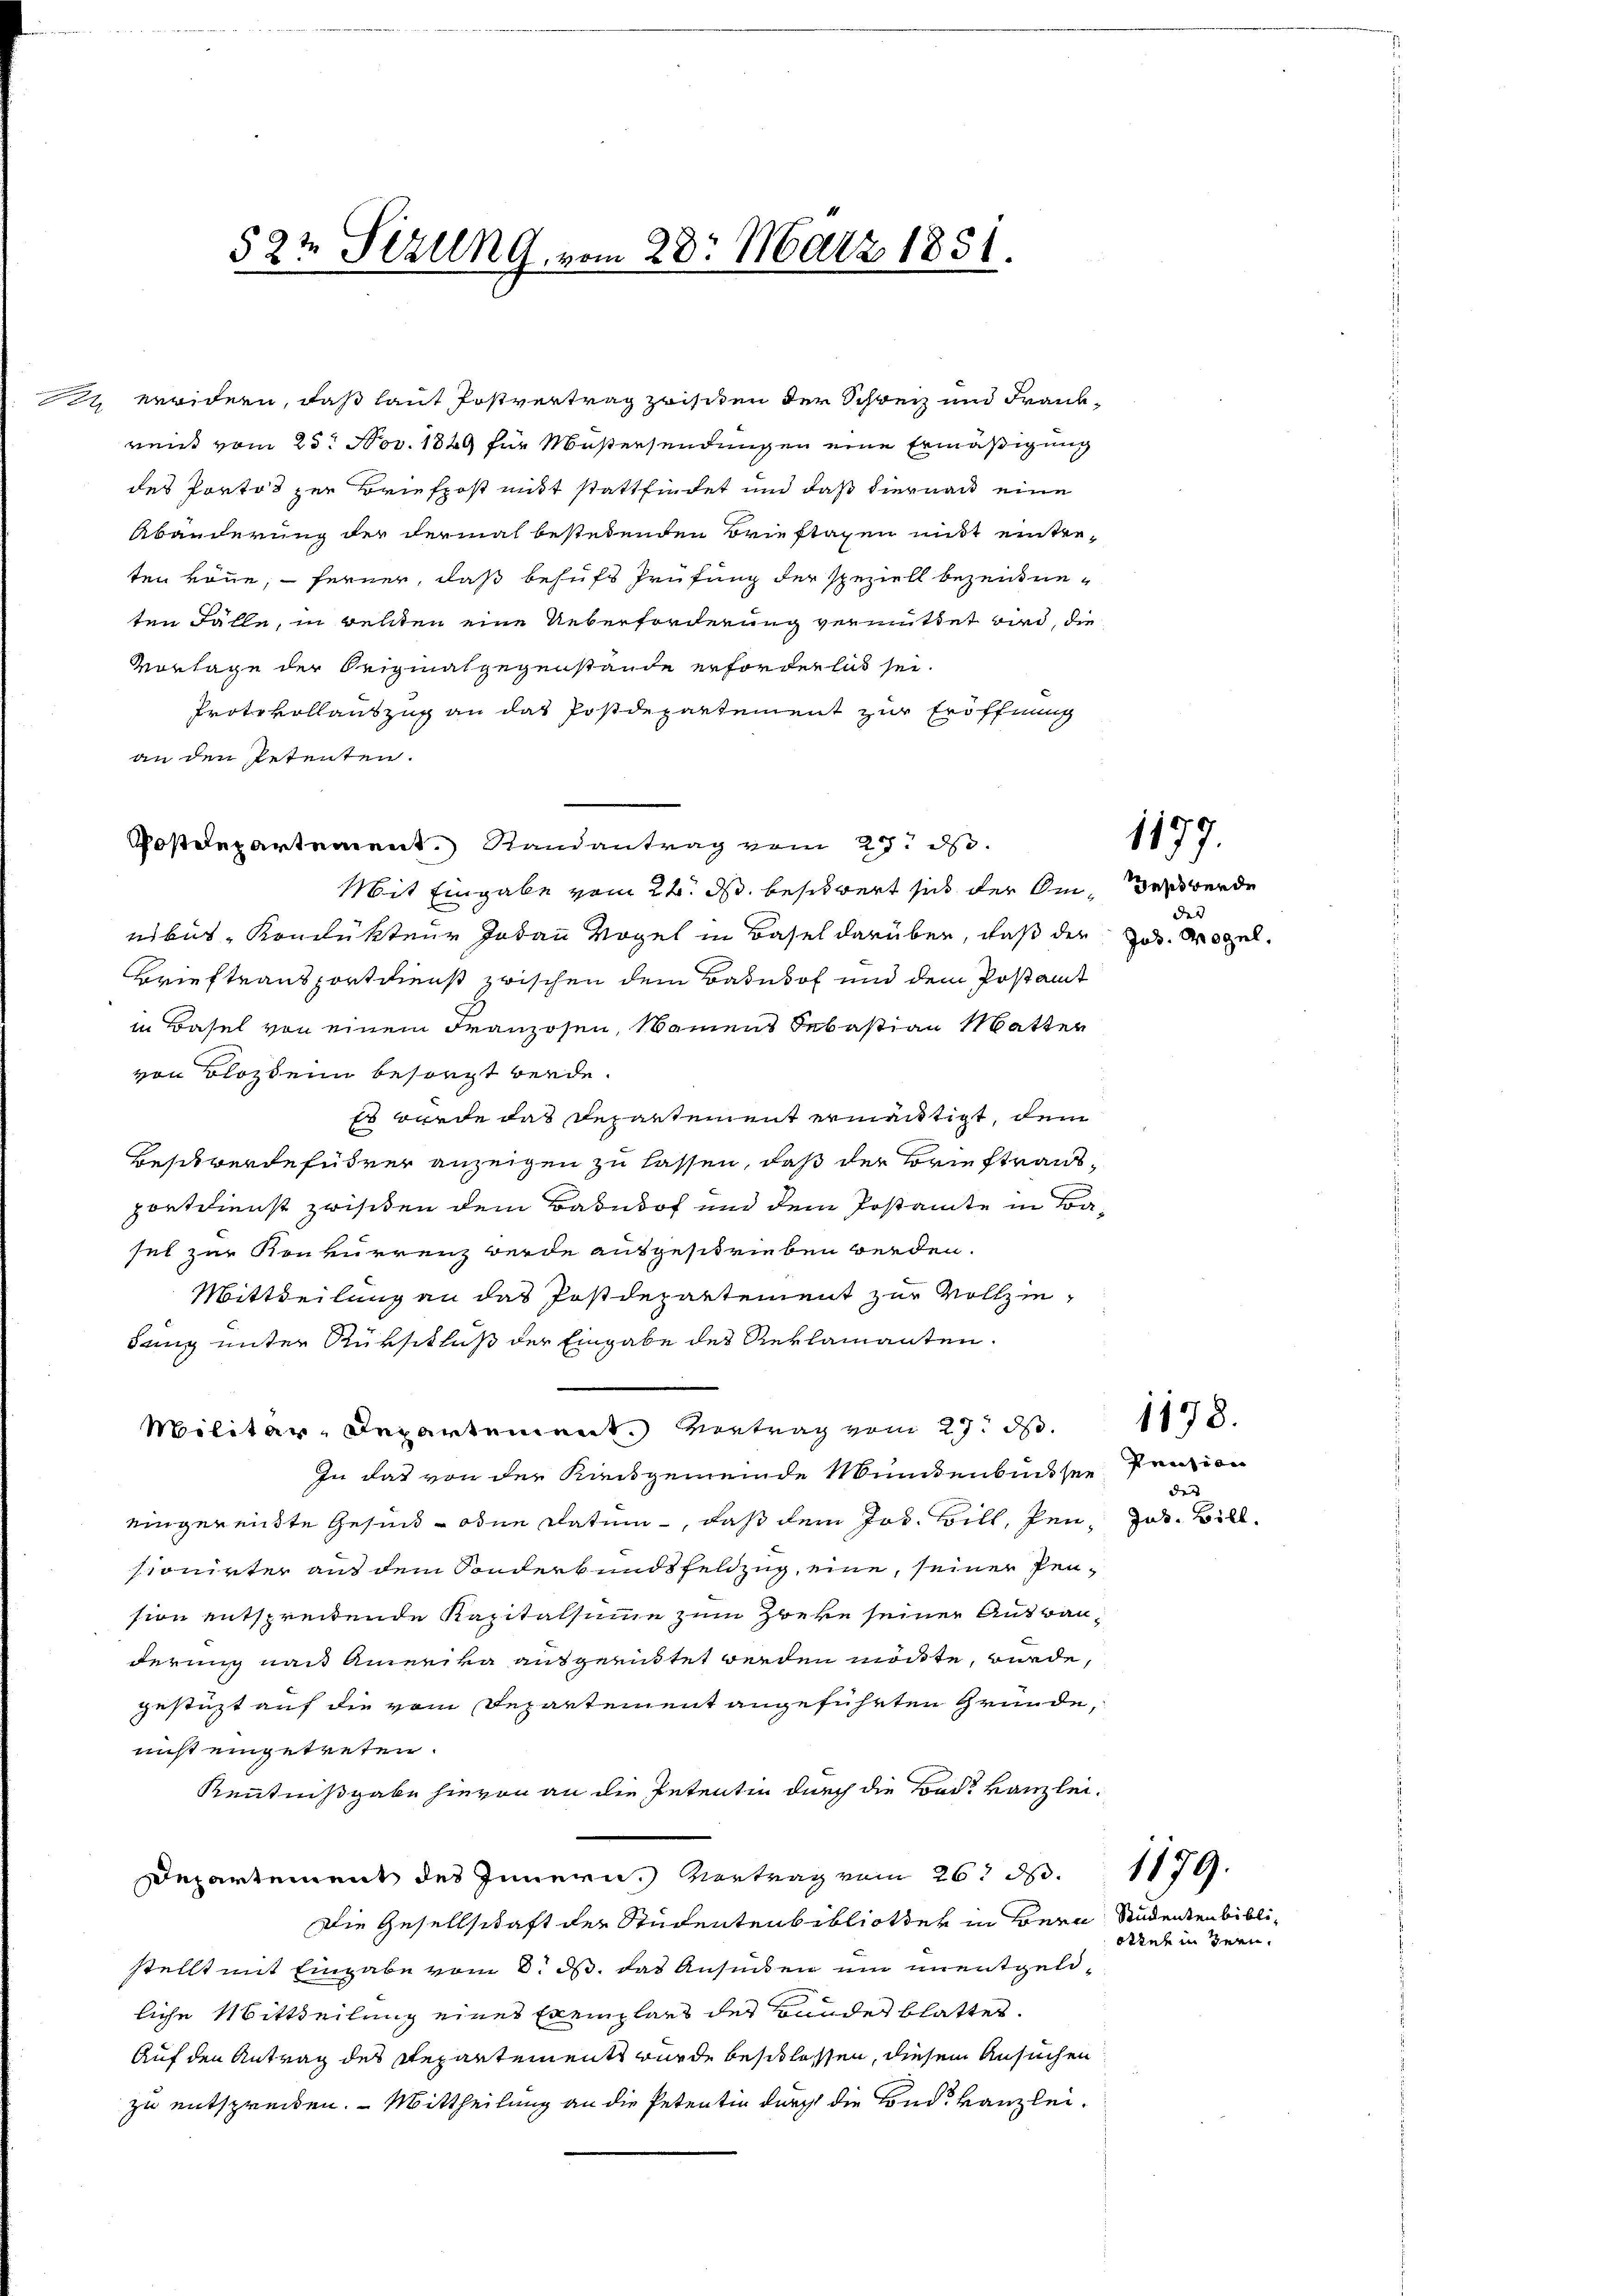
522 Sezung vom 28. März 1831.

7 weridern, daß laut Postvertrag zwischen der Schweiz und Frankreist vom 25. Nov. 1849 für Maßersendungen eine Ermäßigung
des Portos zur Briefpost mitt stattfindet und daß hiernach eine
Abänderung der dermal bestehenden Brieftagen mit eintre-
ten könne, ferner, daß behufs Prüfung der speziell bezeichneten Fälle, in reliten eine Ueberforderung vermittet wird, die
Vorlage der Seigialgegenstände erforderlich sei.
Protokollauszug an das Postdepartement zur Eröffnung
an den Petenten.
oßdepartement Randantrag vom 25. ds.
Mit Eingabe vom 24. ds. beschwert sich der Om, daß werde
nibus - Konflikteur Jodann Vogel in Basel darüber, daß der Jos. Wogel,
Brieftransportdienst zwischen dem Bahnhof und dem Postamt
in Basel von einem Franzosen, Namens Sebastian Matter
von Blozheim besorgt werde.
Es wurde das Departement ermächtigt, dem
Beschwerdeführer anzeigen zu lassen, daß der Brieftransporteienst zwischen dem Badedof und dem Postante in Basel zur Konkurrenz werde ausgeschrieben werden.
Mittheilung an das Postdepartement zur Vollziedung unter Rükschluß der Eingabe des Reklamanten.
Militär-Departement. Vertrag vom 27. d.
In das von der Kiesgemeinde Mündenbusser Pension
eingereidte Gesind = odne Datum, daß dem Jos. Bill, den Jos. Bill
sionirter aus dem Sonderkundsfeldzug, eine, seiner Pension entspreitende Kapitalsumme zum Zweke seiner Ausbauderung nach Amerika ausgemittet werden möchte, würde,
gestüzt auf die vom Departement angeführten Gründe,
nicht eingetreten.
Kenntnißgabe hievon an die Petentin durch die Bode kanzlei¬
Departement des Innern. Vertrag vom 26t d. 1179.
Die Gesellschaft der Studentenbibliother in Bern Studenten biblistellt mit Eingabe vom 8. d. das Ansuchen um unentgeleliche Mittheilung eines Exemplars der Bundes blattet.
Auf den Antrag des Repartement wurde beschlossen, diesem Ansuchen
zu entsprechen. - Mittheilung an die Petentin durch die Fonds kanzlei¬

1177.

der |

1178.

des |

Stine in sein.